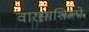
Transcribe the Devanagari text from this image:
वारसाशिल्पे